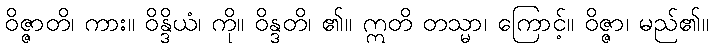
ဝိဇ္ဇာတိ၊ ကား။ ဝိန္ဒိယံ၊ ကို။ ဝိန္ဒတိ၊ ၏။ ဣတိ တသ္မာ၊ ကြောင့်။ ဝိဇ္ဇာ၊ မည်၏။